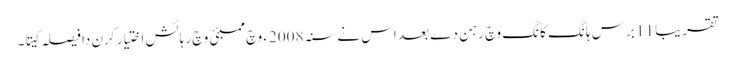
تقریبا 11 برس ہانگ کانگ وچ رہن دے بعد اس نے سنہ 2008ء وچ ممبئی وچ رہائش اختیار کرن دا فیصلہ کیتا۔